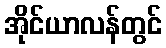
အိုင်ယာလန်တွင်